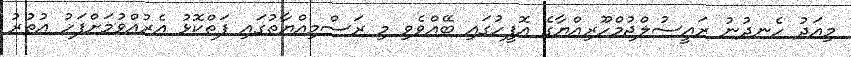
މިއަދު ހެނދުނު ރައީސުލްޖުމްހޫރިއްޔާގެ އޮފީހުގައި ބޭއްވެވި މި ރަސްމިއްޔާތުގައި ފަތްކޮޅު އެރުއްވުމަށްފަހު އުތުރު